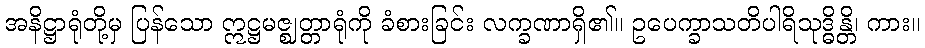
အနိဋ္ဌာရုံတို့မှ ပြန်သော ဣဋ္ဌမဇ္ဈတ္တာရုံကို ခံစားခြင်း လက္ခဏာရှိ၏။ ဥပေက္ခာသတိပါရိသုဒ္ဓိန္တိ၊ ကား။